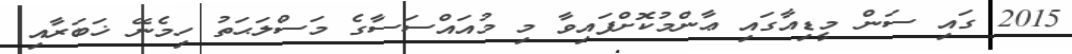
2015 ގައި ސަން މީޑިއާގައި ޢާންމުކޮށްފައިވާ މި މުއައްސަސާގެ މަސްލަޙަތު ހިމެނޭ ޚަބަރާއި